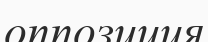
оппозиция